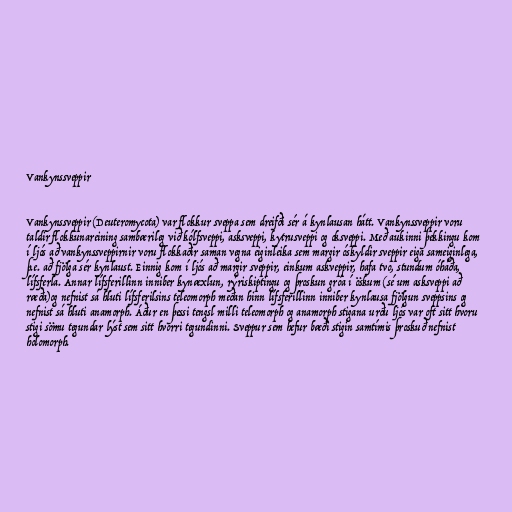
Vankynssveppir

Vankynssveppir (Deuteromycota) var flokkur sveppa sem dreifði sér á kynlausan hátt. Vankynssveppir voru
taldir flokkunareining sambærileg við kólfsveppi, asksveppi, kytrusveppi og oksveppi. Með aukinni þekkingu kom
í ljós að vankynssveppirnir voru flokkaðir saman vegna eiginleika sem margir óskyldir sveppir eiga sameiginlega,
þ.e. að fjölga sér kynlaust. Einnig kom í ljós að margir sveppir, einkum askveppir, hafa tvo, stundum óháða,
lífsferla. Annar lífsferillinn inniber kynæxlun, rýriskiptingu og þroskun gróa í öskum (sé um asksveppi að
ræða)og nefnist sá hluti lífsferilsins teleomorph meðan hinn lífsferillinn inniber kynlausa fjölgun sveppsins og
nefnist sá hluti anamorph. Áður en þessi tengsl milli teleomorph og anamorph stigana urðu ljós var oft sitt hvoru
stigi sömu tegundar lýst sem sitt hvorri tegundinni. Sveppur sem hefur bæði stigin samtímis þroskuð nefnist
holomorph.